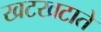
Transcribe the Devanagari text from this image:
खटखटाते